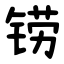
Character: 铹